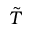
\tilde { T }